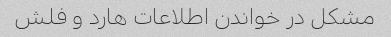
مشکل در خواندن اطلاعات هارد و فلش